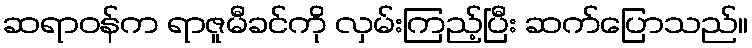
ဆရာဝန်က ရာဇူမီခင်ကို လှမ်းကြည့်ပြီး ဆက်ပြောသည်။